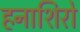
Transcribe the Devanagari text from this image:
हनाशिरो